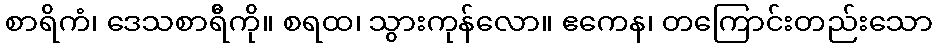
စာရိကံ၊ ဒေသစာရီိကို။ စရထ၊ သွားကုန်လော။ ဧကေန၊ တကြောင်းတည်းသော